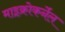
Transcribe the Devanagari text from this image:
माइक्रोकर्नेल